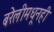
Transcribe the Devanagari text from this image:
बरेलीमधूनही